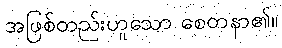
အဖြစ်တည်းဟူသော စေတနာ၏။